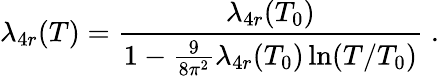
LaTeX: \lambda_{4r}(T)=\frac{\lambda_{4r}(T_{0})}{1-\frac{9}{8\pi^{2}}\lambda_{4r}(T_{0})\ln(T/T_{0})}\; .